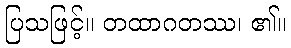
ပြသဖြင့်။ တထာဂတဿ၊ ၏။